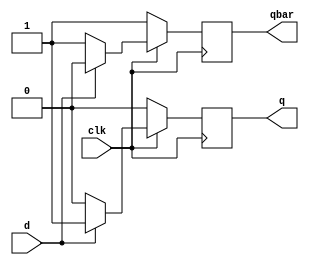
`timescale 1ns / 1ps
//////////////////////////////////////////////////////////////////////////////////
// Company: 
// Engineer: 
// 
// Design Name: 
// Module Name:    Dff 
// Project Name: 
// Target Devices: 
// Tool versions: 
// Description: 
//
// Dependencies: 
//
// Revision: 
// Revision 0.01 - File Created
// Additional Comments: 
//
//////////////////////////////////////////////////////////////////////////////////
module Dff(
	input d,clk,
	output reg q,qbar
    );
always@(posedge clk)
begin
q=1'b0; qbar=1'b1;



if(clk==1)
begin
if(d==0)
begin
q=1'b0; qbar=1'b1;
end
if(d==1)
begin
q=1'b1; qbar=1'b0;
end
end

if(clk==0)
begin
q=q; qbar=qbar;
end
end


endmodule